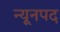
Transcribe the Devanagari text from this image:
न्यूनपद